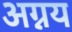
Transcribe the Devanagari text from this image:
अग्नय